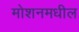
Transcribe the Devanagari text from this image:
मोशनमधील